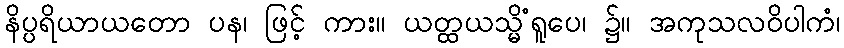
နိပ္ပရိယာယတော ပန၊ ဖြင့် ကား။ ယတ္ထယသ္မိံရူပေ၊ ၌။ အကုသလဝိပါကံ၊